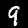
Label: 9